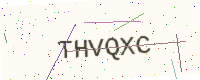
Text: THVQXC